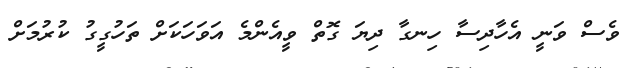
ވެސް ވަނީ އެހާދިސާ ހިނގާ ދިޔަ ގޮތް ވީއެންމެ އަވަހަކަށް ތަހުގީގު ކުރުމަށް